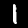
Label: 1